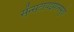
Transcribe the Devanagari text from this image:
सेंन्सटायझेशनमुळे